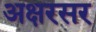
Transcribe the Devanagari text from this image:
अक्षरसर